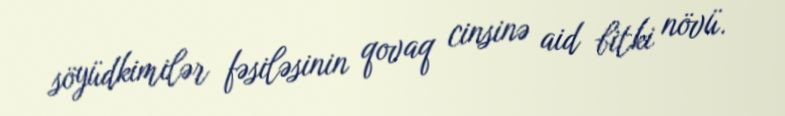
söyüdkimilər fəsiləsinin qovaq cinsinə aid bitki növü.